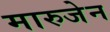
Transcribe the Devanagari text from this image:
मारुजेन